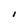
Character: I